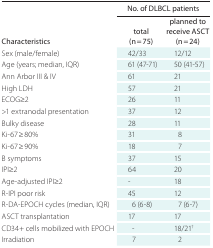
<table><thead><tr><td></td><td><b>No. of DLBCL patients</b></td><td></td></tr></thead><tbody><tr><td><b>Characteristics</b></td><td><b>total (n = 75)</b></td><td><b>planned to receive ASCT (n = 24)</b></td></tr><tr><td>Sex (male/female)</td><td>42/33</td><td>12/12</td></tr><tr><td>Age (years; median, IQR)</td><td>61 (47-71)</td><td>50 (41-57)</td></tr><tr><td>Ann Arbor III &amp; IV</td><td>61</td><td>21</td></tr><tr><td>High LDH</td><td>57</td><td>21</td></tr><tr><td>ECOG≥2</td><td>26</td><td>11</td></tr><tr><td>&gt;1 extranodal presentation</td><td>37</td><td>12</td></tr><tr><td>Bulky disease</td><td>28</td><td>11</td></tr><tr><td>Ki-67 ≥ 80%</td><td>31</td><td>8</td></tr><tr><td>Ki-67 ≥ 90%</td><td>18</td><td>7</td></tr><tr><td>B symptoms</td><td>37</td><td>15</td></tr><tr><td>IPI≥2</td><td>64</td><td>20</td></tr><tr><td>Age-adjusted IPI≥2</td><td>-</td><td>18</td></tr><tr><td>R-IPI poor risk</td><td>45</td><td>12</td></tr><tr><td>R-DA-EPOCH cycles (median, IQR)</td><td>6 (6-8)</td><td>7 (6-7)</td></tr><tr><td>ASCT transplantation</td><td>17</td><td>17</td></tr><tr><td>CD34+ cells mobilized with EPOCH</td><td>-</td><td>18/21†</td></tr><tr><td>Irradiation</td><td>7</td><td>2</td></tr></tbody></table>